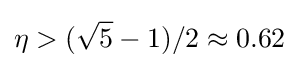
\eta >({\sqrt {5}}-1)/2\approx 0.62